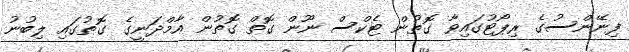
ފިނޭންސުގެ ރިޕޯޓުގައިވާ ގޮތުން ޓެކްސް ނޫން ގޮތް ގޮތުން އާމްދަނީގެ ގޮތުގައި ލިބުނު